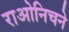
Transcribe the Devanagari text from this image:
राओनिचने